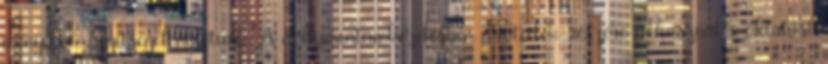
igényeket. Segítséget nyújtunk A dokumentumkezelésben érintettek részére felhasználói oktatást